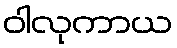
ဝါလုကာယ